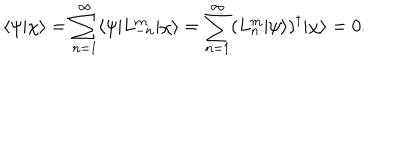
\langle \psi | \chi \rangle = \sum _ { n = 1 } ^ { \infty } \langle \psi | L _ { - n } ^ { \mathrm { m } } | \chi \rangle = \sum _ { n = 1 } ^ { \infty } ( L _ { n } ^ { \mathrm { m } } | \psi \rangle ) ^ { \dagger } | \chi \rangle = 0 .